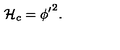
{ \cal { H } } _ { c } = { \phi ^ { \prime } } ^ { 2 } .